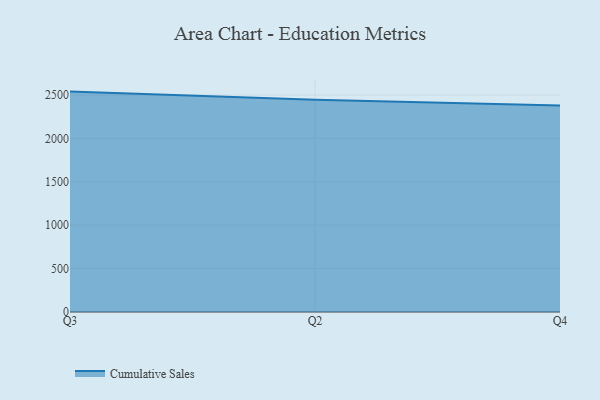
{"axis": {"x": "Quarter", "y": "Active Users"}, "legend": ["Cumulative Sales"], "data": [{"x": "Q3", "y": 2539.0, "type": "Cumulative Sales"}, {"x": "Q2", "y": 2446.0, "type": "Cumulative Sales"}, {"x": "Q4", "y": 2378.6, "type": "Cumulative Sales"}]}